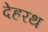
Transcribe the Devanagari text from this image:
देहरथ